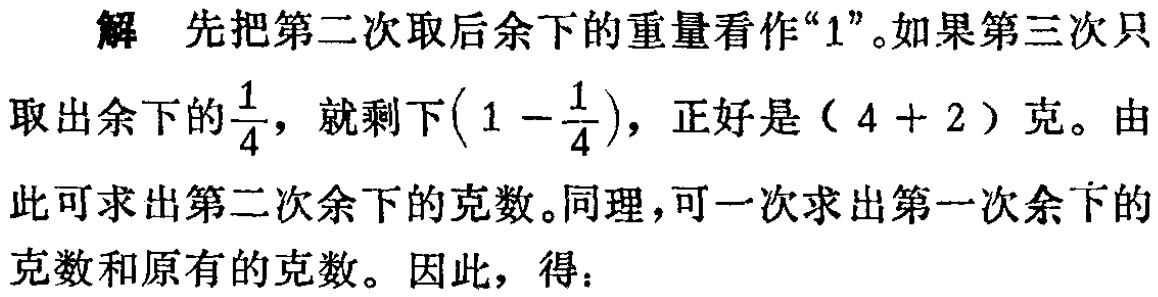
解 先把第二次取后余下的重量看作“$1$”。如果第三次只取出余下的$\frac{1}{4}$，就剩下$\left(1 - \frac{1}{4}\right)$，正好是$(4 + 2)$克。由此可求出第二次余下的克数。同理，可一次求出第一次余下的克数和原有的克数。因此，得：